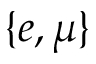
\{ e , \mu \}